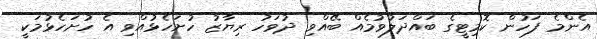
އެންމެ ފަހުން ކޮމިޓީގެ ބައްދަލުވުމެއް ބޭއްވި ދުވަހު ރިޔާޒު ހުށަހެޅުއްވި އެ ހުށަހެޅުމަކީ